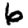
Digit: 6